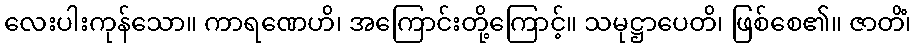
လေးပါးကုန်သော။ ကာရဏေဟိ၊ အကြောင်းတို့ကြောင့်။ သမုဋ္ဌာပေတိ၊ ဖြစ်စေ၏။ ဇာတိံ၊